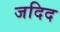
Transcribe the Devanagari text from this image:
जदिद